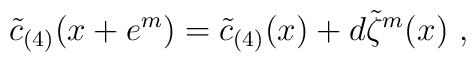
\tilde c_{(4)}(x+e^m) = \tilde c_{(4)}(x) + d\tilde\zeta^m(x)\ ,